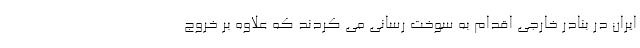
ايران در بنادر خارجي اقدام به سوخت رساني مي كردند كه علاوه بر خروج